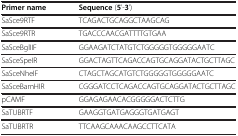
<table><thead><tr><td><b>Primer name</b></td><td><b>Sequence (5’-3’)</b></td></tr></thead><tbody><tr><td>SaSce9RTF</td><td>TCAGACTGCAGGCTAAGCAG</td></tr><tr><td>SaSce9RTR</td><td>TGACCCAACGATTTTGTGAA</td></tr><tr><td>SaSceBglIIF</td><td>GGAAGATCTATGTCTGGGGGTGGGGGAATC</td></tr><tr><td>SaSceSpeIR</td><td>GGACTAGTTCAGACCAGTGCAGGATACTGCTTAGC</td></tr><tr><td>SaSceNheIF</td><td>CTAGCTAGCATGTCTGGGGGTGGGGGAATC</td></tr><tr><td>SaSceBamHIR</td><td>CGGGATCCTCAGACCAGTGCAGGATACTGCTTAGC</td></tr><tr><td>pCAMF</td><td>GGAGAGAACACGGGGGACTCTTG</td></tr><tr><td>SaTUBRTF</td><td>GAAGGTGATGAGGGTGATGAGT</td></tr><tr><td>SaTUBRTR</td><td>TTCAAGCAAACAAGCCTTCATA</td></tr></tbody></table>